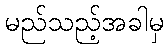
မည်သည့်အခါမှ